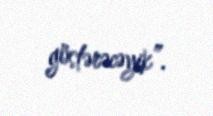
göstərəcəyik”.